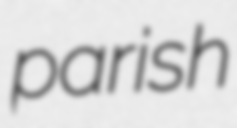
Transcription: parish